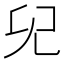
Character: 𠑼